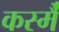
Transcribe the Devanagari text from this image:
कस्मै॑